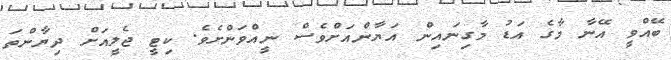
ބޭއްވީ އޭނާ މާގެ އަޑު މާގިނައިން އަޔާންއަށްވެސް ނީއްވަންށެވެ. ކިޓީ ޖެލީއަށް ދިޔާންތަ